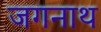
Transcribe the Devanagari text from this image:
जगनाथ